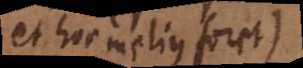
et hoc melius foret)